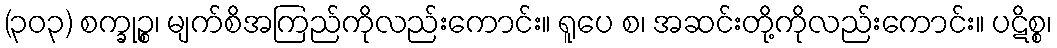
(၃၀၃) စက္ခုဉ္စ၊ မျက်စိအကြည်ကိုလည်းကောင်း။ ရူပေ စ၊ အဆင်းတို့ကိုလည်းကောင်း။ ပဋိစ္စ၊